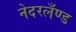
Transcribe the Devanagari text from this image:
नेदरलँण्ड